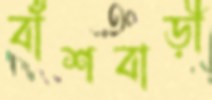
বাঁশবাড়ী